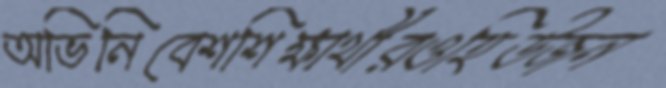
অভিনিবেশশিক্ষার্থীরওহিউজন